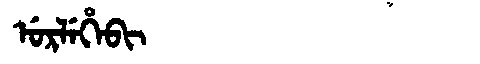
Manchu: ᡠᡵᠯᡝᡥᡝᠪᡳ
Romanization: URLEHEBI